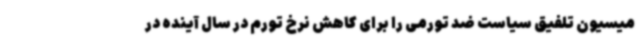
میسیون تلفیق سیاست ضد تورمی را برای کاهش نرخ تورم در سال آینده در